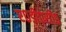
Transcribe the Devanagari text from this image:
ए०डी०सी०